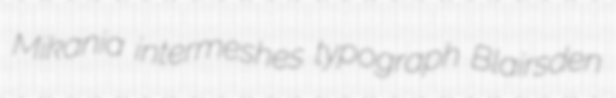
Mikania intermeshes typograph Blairsden